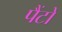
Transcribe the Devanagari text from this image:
पैंटों